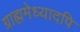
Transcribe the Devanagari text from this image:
ग्राह्ममेध्यादपि